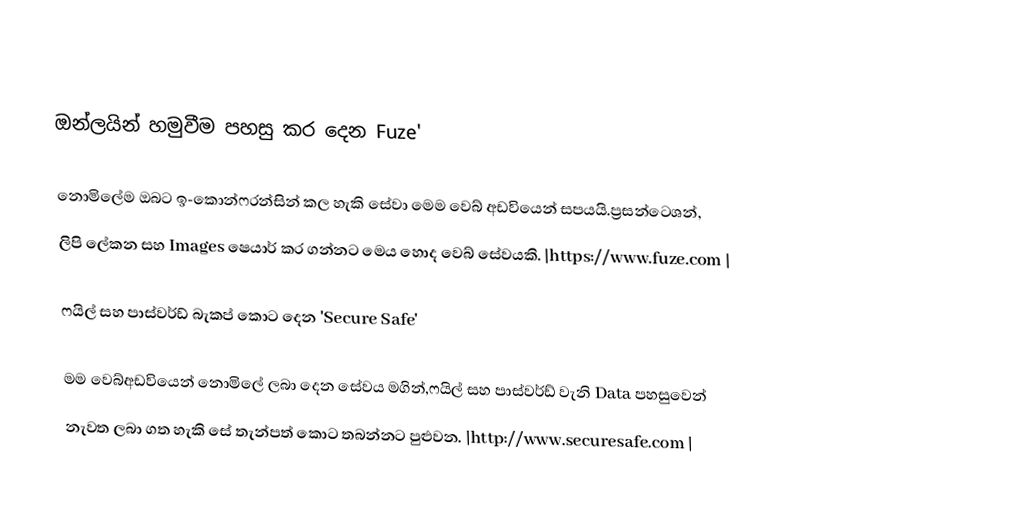

ඔන්ලයින් හමුවීම පහසු කර දෙන Fuze'

නොමිලේම ඔබට ඉ-කොන්ෆරන්සින් කල හැකි සේවා මෙම වෙබ් අඩවියෙන් සපයයි.ප්‍රසන්ටෙශන්,
ලිපි ලේකන සහ Images ෂෙයාර් කර ගන්නට මෙය හොද වෙබ් සේවයකි. |https://www.fuze.com |

ෆයිල් සහ පාස්වර්ඩ් බැකප් කොට දෙන 'Secure Safe'

මම වෙබ්අඩවියෙන් නොමිලේ ලබා දෙන සේවය මගින්,ෆයිල් සහ පාස්වර්ඩ් වැනි Data පහසුවෙන්
නැවත ලබා ගත හැකි සේ තැන්පත් කොට තබන්නට පුළුවන. |http://www.securesafe.com |